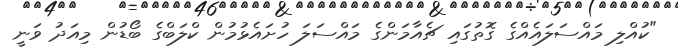
"ކުއްލި މައްސަލައެއްގެ ގޮތުގައި ޗެއާމަންގެ މައްސަލަ ހުށައެޅުމުން ކްލަބްގެ ބޯޑުން މިއަދު ވަނީ